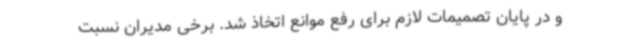
و در پایان تصمیمات لازم برای رفع موانع اتخاذ شد. برخی مدیران نسبت